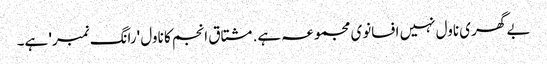
بے گھری ناول نہیں افسانوی مجموعہ ہے. مشتاق انجم کا ناول 'رانگ نمبر' ہے۔